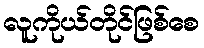
လူကိုယ်တိုင်ဖြစ်စေ